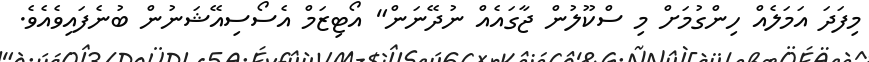
މިފަދަ އަމަލެއް ހިންގުމަށް މި ސްކޫލުން ޖާގައެއް ނުދޭނަން" އޯޓިޒަމް އެސޯސިއޭޝަނުން ބުނެފައިވެއެވެ.